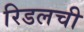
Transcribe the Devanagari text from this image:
रिडलची